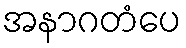
အနာဂတံပေ